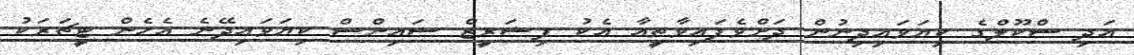
އަދި ސްކޫލްގެ ކިޔަވައިދިނުން ދަށްވެފައިވާތީއާ އެކު ފިޝަރީޒް ސައިންސް ކިޔަވައިދޭނެ އެހެން ޓީޗަރަކު